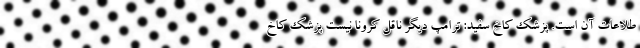
طلاعات آن است. پزشک کاخ سفید: ترامپ دیگر ناقل کرونا نیست پزشک کاخ